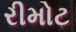
રીમોટ